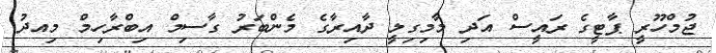
ޖުމްހޫރީ ޕާޓީގެ ރައީސް އަދި މާމިގިލީ ދާއިރާގެ މެންބަރު ގާސިމް އިބްރާހިމް މިއދު